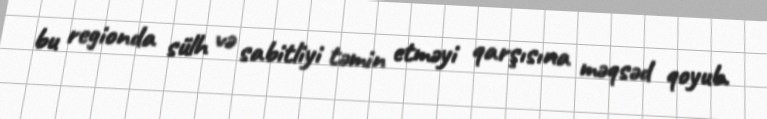
bu regionda sülh və sabitliyi təmin etməyi qarşısına məqsəd qoyub.